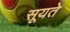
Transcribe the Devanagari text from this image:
सूयते